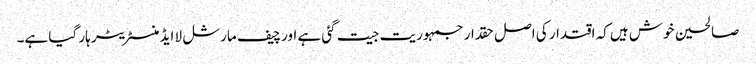
صالحین خوش ہیں کہ اقتدار کی اصل حقدار جمہوریت جیت گئی ہے اور چیف مارشل لا ایڈمنسٹریٹر ہار گیا ہے۔